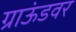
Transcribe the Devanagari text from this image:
ग्राऊंडवर